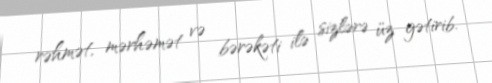
rəhmət, mərhəmət və bərəkəti ilə sizlərə üz gətirib.